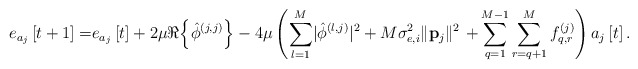
\begin{align*} e_{a_j}\left[t+1\right]=&e_{a_j}\left[t\right]+2\mu\Re{\left\{\hat{\phi}^{\left(j,j\right)}\right\}}-4\mu\left(\sum_{l=1}^M\lvert\hat{\phi}^{\left(l,j\right)}\rvert^2+M\sigma_{e,i}^2\lVert\mathbf{p}_j\rVert^2\right.\left.+\sum_{q=1}^{M-1}\sum_{r=q+1}^Mf_{q,r}^{\left(j\right)}\right)a_j\left[t\right].\end{align*}